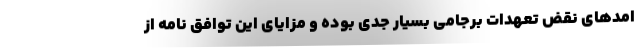
امدهای نقض تعهدات برجامی بسیار جدی بوده و مزایای این توافق نامه از